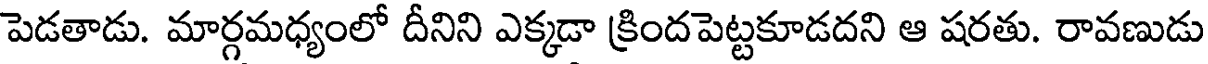
పెడతాడు. మార్గమధ్యంలో దీనిని ఎక్కడా క్రిందపెట్టకూడదని ఆ షరతు. రావణుడు